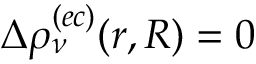
\Delta \rho _ { \nu } ^ { ( e c ) } ( r , R ) = 0